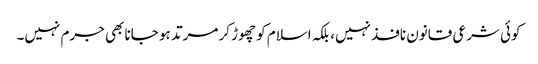
کوئی شرعی قانون نافذ نہیں، بلکہ اسلام کو چھوڑ کر مرتد ہو جانا بھی جرم نہیں۔